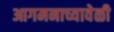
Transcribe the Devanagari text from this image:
आगमनाच्यावेळी